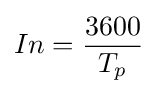
In={\frac {3600}{T_{p}}}